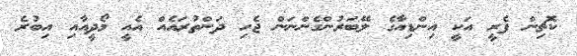
ކޮޗިން ފެރީ އަކީ އިންޑިއާގެ ލޭބަރުންގެންނަން ޖެހި ދަންތުރައެއް އެއީ މޯދީއާއި އިބުރެ